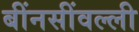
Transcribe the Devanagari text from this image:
बींनसींवल्ली